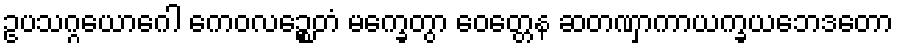
ဥပသဂ္ဂယောဂေါ ကေဝလဉ္စေတံ မက္ခေတွာ ဝေတ္တေန ဆတဏှာကာယက္ခယဘေဒတော